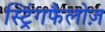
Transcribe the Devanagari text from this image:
स्ट्रिंगफैलोज़